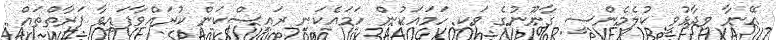
އޭނާ ވިދާޅުވީ ކުލެމެންސީ ގާނޫނުގެ ވަކި ހަމައަކުން ހަމައެކަނި ރައީސްކަން ކުރައްވާފައިވާ ފަރާތްތައް